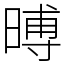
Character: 㬍